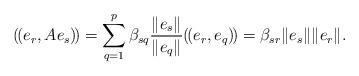
LaTeX: \begin{align*} (\!(e_r, Ae_s)\!)= \sum_{q=1}^p\beta_{sq} {\|e_s\|\over \|e_q\|}(\!(e_r, e_q)\!) = \beta_{sr} \|e_s\| \|e_r\|.\end{align*}